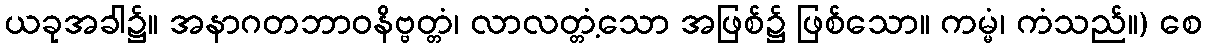
ယခုအခါ၌။ အနာဂတဘာဝနိဗ္ဗတ္တံ၊ လာလတ္တံ့သော အဖြစ်၌ ဖြစ်သော။ ကမ္မံ၊ ကံသည်။) စေ